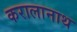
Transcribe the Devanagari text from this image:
करालानाथ